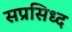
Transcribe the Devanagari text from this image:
सप्रसिध्द